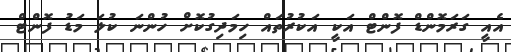
އެއީ ގަރަމޮންޑް ފޮންޓް އަކީ އަކުރުތައް ހިމަދިގުކޮށް ހުންނަ ކުލަ މަޑު ފޮންޓް